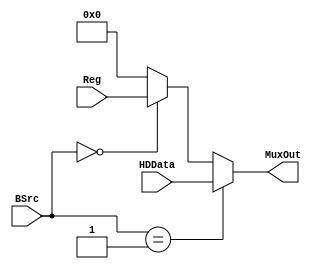
module MuxBuffer (Reg, HDData, BSrc, MuxOut);

	input [31:0] Reg, HDData;
	output reg [31:0] MuxOut;
	input [1:0] BSrc;
	
	always @ (*)
		begin
			if ( BSrc == 2'b01 )
				MuxOut <= HDData;
			else if ( BSrc == 2'b00 )
				MuxOut <= Reg;
			else
				MuxOut <= 0;
		end
	
endmodule